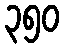
၃၅၀